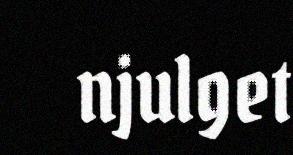
njulget